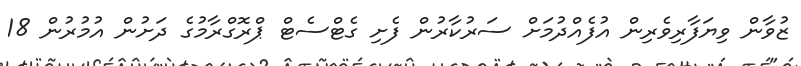
ޒުވާން ވިޔަފާރިވެރިން އުފެއްދުމަށް ސަރުކާރުން ފެށި ގެޓްސެޓް ޕްރޮގްރާމުގެ ދަށުން އުމުރުން 18